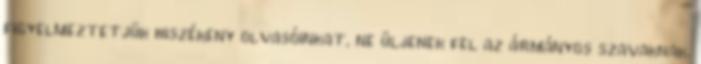
figyelmeztetjük hiszékeny olvasóinkat, ne üljenek fel az ármányos szavaknak.